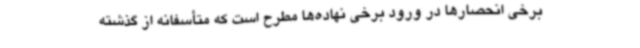
برخی انحصارها در ورود برخی نهاده‌ها مطرح است که متأسفانه از گذشته